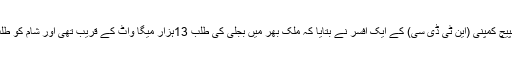
نجی ٹی وی کے مطابق نیشنل ٹرانسمیشن اینڈ ڈسپیچ کمپنی (این ٹی ڈی سی) کے ایک افسر نے بتایا کہ ملک بھر میں بجلی کی طلب 13ہزار میگا واٹ کے قریب تھی اور شام کو طلب میں پندرہ سو میگا واٹ کا مزید اضافہ ہو گیا۔